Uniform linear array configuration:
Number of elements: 4
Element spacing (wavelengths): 0.75
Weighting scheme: blackman
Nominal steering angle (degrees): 30
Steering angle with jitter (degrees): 28.225
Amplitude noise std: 0.05
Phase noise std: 0.05

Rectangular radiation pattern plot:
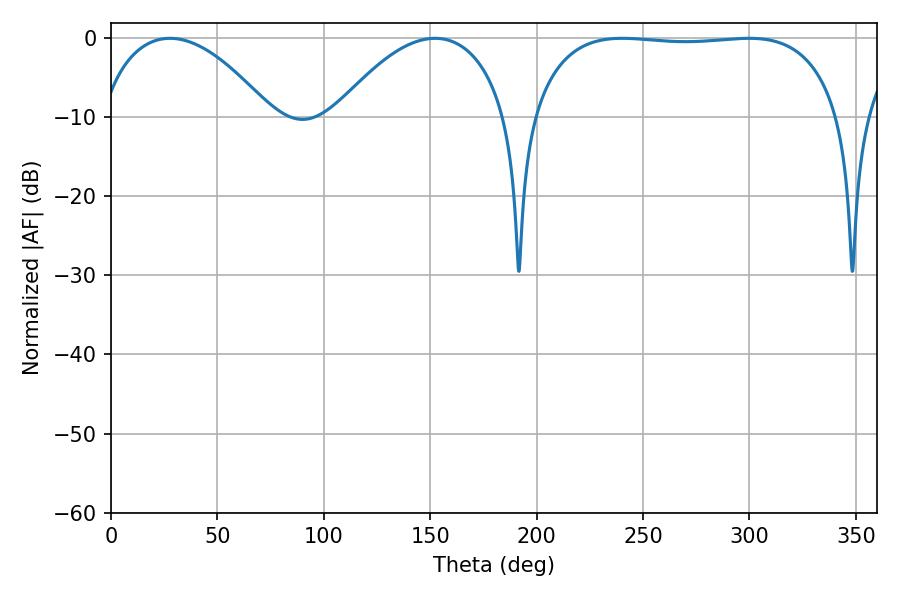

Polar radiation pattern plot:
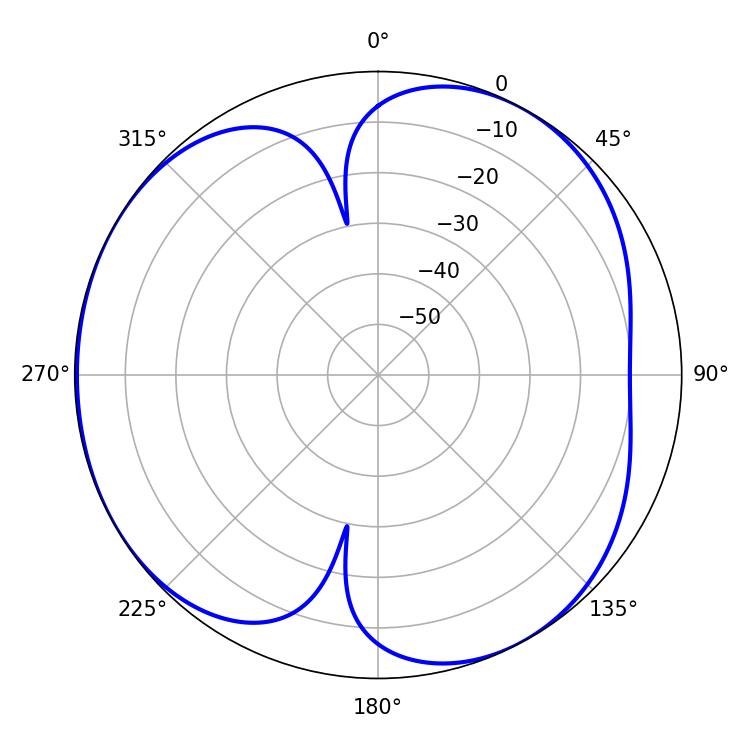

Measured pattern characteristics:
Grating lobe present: TRUE
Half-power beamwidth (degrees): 45.36
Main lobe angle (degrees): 27.72